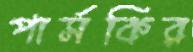
পার্সকির